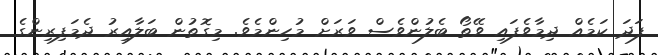
ފަދަ ކަމެއް ދިމާވެފައި ވޭތޯ ބެލުންވެސް ވަރަށް މުހިންމެވެ. މިގޮތުން ބަލާއިރު ދެމަފިރިންގެ